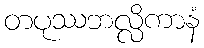
တပုဿဘလ္လိကာနံ